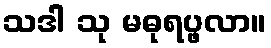
သဒါ သု မဓုရပ္ဖလာ။